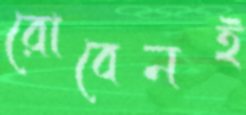
রোবেনই